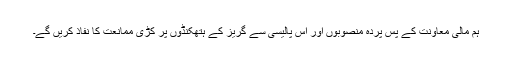
ہم مالی معاونت کے پس پردہ منصوبوں اور اس پالیسی سے گریز کے ہتھکنڈوں پر کڑی ممانعت کا نفاذ کریں گے۔